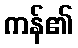
ကန်၏